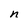
Character: n